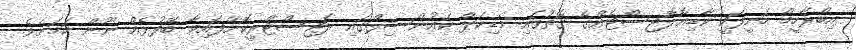
އިބްރާހީމް ހަނީފަކީ ކާޑިއޮލޮޖިސްޓެއްގެ ގޮތުގައި މެޑިކަލް ކައުންސިލްގައި ރަޖިސްޓްރީކޮށްފައިވާ ބޭފުޅެއް ނޫން ކަމަށެވެ.